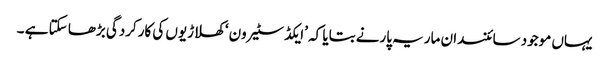
یہاں موجود سائنسدان ماریہ پارنے بتایا کہ ’ایکڈ سٹیرون‘ کھلاڑیوں کی کارکردگی بڑھا سکتا ہے ۔